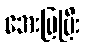
အေးမြပြီး